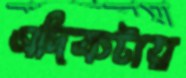
এদিকটায়